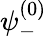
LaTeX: \psi_{-}^{(0)}